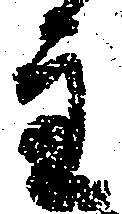
主